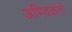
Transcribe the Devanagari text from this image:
अभिवकतो